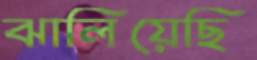
ঝালিয়েছি